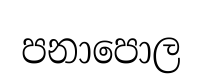
පනාපොල